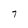
Character: 7